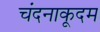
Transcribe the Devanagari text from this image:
चंदनाकूदम